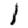
Digit: 1